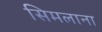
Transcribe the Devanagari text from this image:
सिमलाना